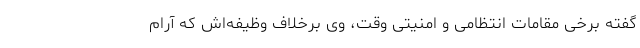
گفته برخی مقامات انتظامی و امنیتی وقت، وی برخلاف وظیفه‌اش که آرام